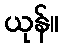
ယုန်။